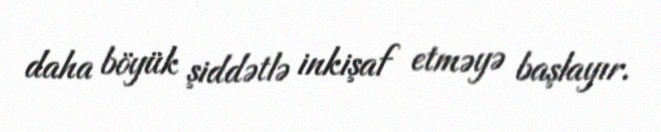
daha böyük şiddətlə inkişaf etməyə başlayır.